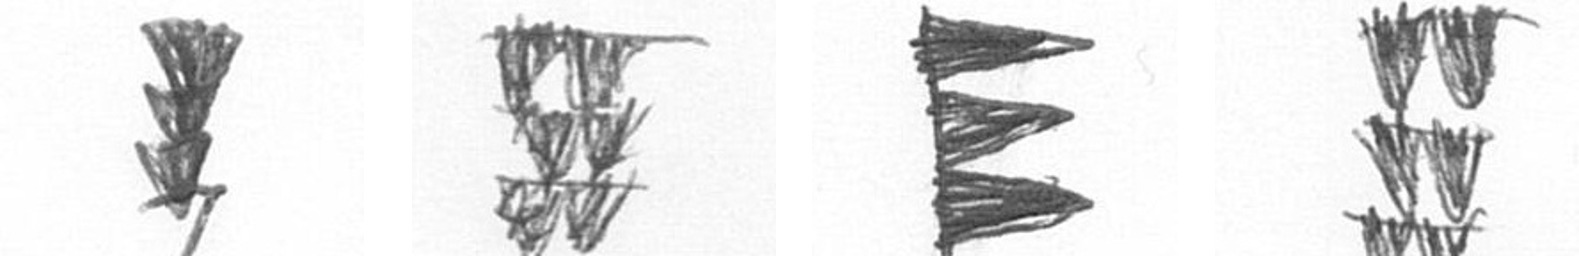
E Y H Y